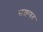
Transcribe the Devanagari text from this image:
सख़ावत